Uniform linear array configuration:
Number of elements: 24
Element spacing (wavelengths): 0.5
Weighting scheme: exponential
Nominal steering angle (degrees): -30
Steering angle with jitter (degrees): -28.339
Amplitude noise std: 0.05
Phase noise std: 0.05

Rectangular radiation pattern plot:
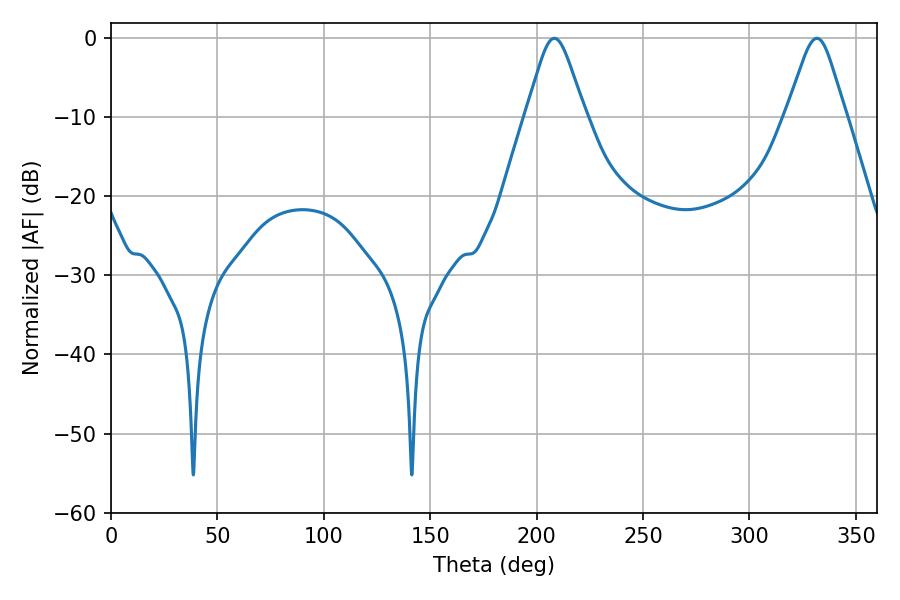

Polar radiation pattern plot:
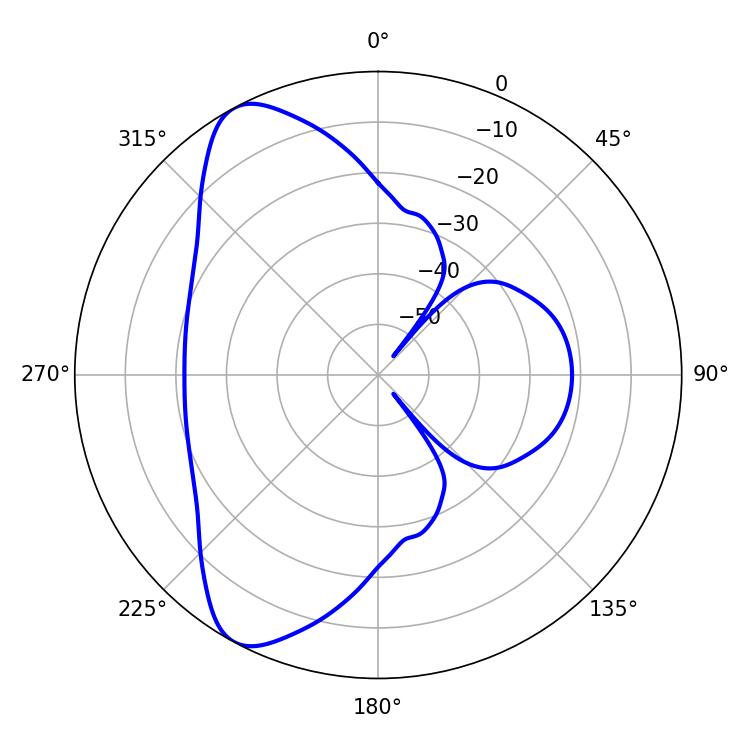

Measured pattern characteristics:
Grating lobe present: FALSE
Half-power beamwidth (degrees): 13.32
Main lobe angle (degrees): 208.26